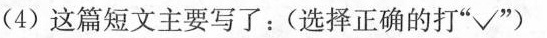
(4)这篇短文主要写了：(选择正确的打”√”)